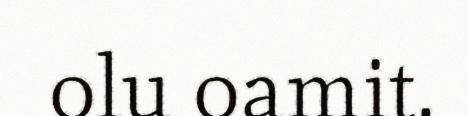
olu oamit.